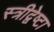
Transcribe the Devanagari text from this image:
स्त्रीद्वेष्टा